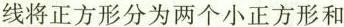
线将正方形分为两个小正方形和